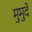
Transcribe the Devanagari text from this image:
मुमुदे